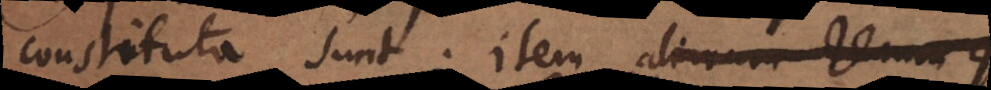
constituta sunt; item aliarum rerum